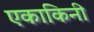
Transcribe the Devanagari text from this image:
एकाकिनी